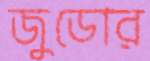
জুডোর